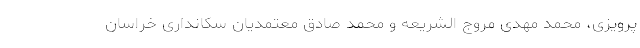
پرویزی، محمد مهدی مروج الشریعه و محمد صادق معتمدیان سکانداری خراسان